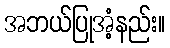
အဘယ်ပြုအံ့နည်း။